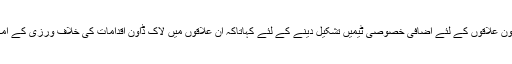
اُنہوں نے ڈپٹی کمشنر کو ریڈ زون علاقوں کے لئے اضافی خصوصی ٹیمیں تشکیل دینے کے لئے کہاتاکہ ان علاقوں میں لاک ڈاون اقدامات کی خلاف ورزی کے امکانات پر روک لگائی جاسکے ۔